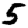
Digit: 5